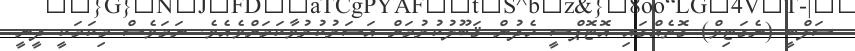
ސަލްބީ (ނެގަޓިވް) ގޮތެއްގައި އޮޓޮޕްސީ ހެދުން ޤަބޫލުކުރުމަށް އަސަރުކުރުވާކަމަށްވެއެވެ. ނަމަވެސް މިކަމަކީ ދީނީ